Annual administration report of the Civil Veterinary Department of India - 1897-1898
Year: 1897
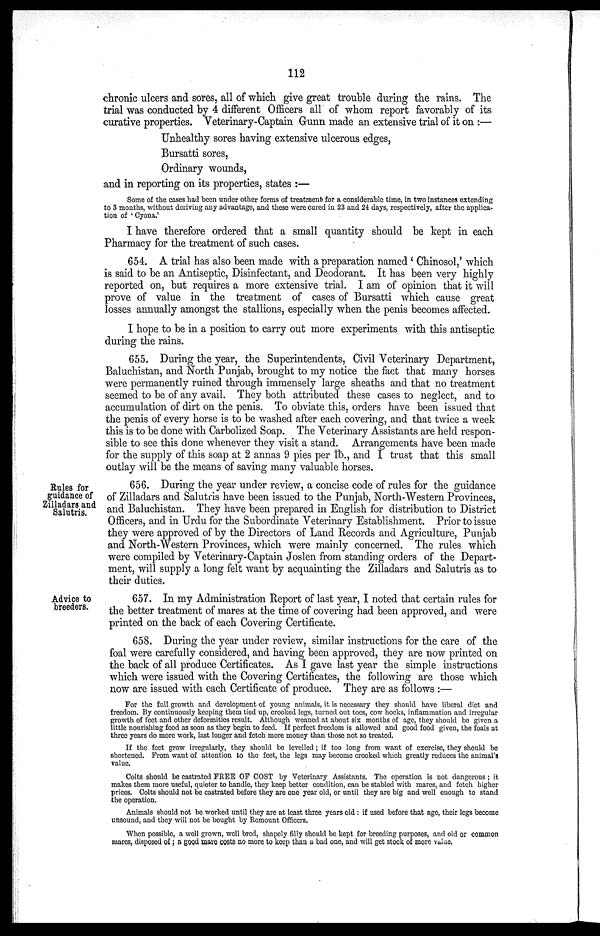
112
chronic ulcers and sores, all of which give great trouble during the rains. The
trial was conducted by 4 different Officers all of whom report favorably of its
curative properties. Veterinary-Captain Gunn made an extensive trial of it on :—
Unhealthy sores having extensive ulcerous edges,
Bursatti sores,
Ordinary wounds,
and in reporting on its properties, states :—
Some of the cases had been under other forms of treatment for a considerable time, in two instances extending
to 3 months, without deriving any advantage, and these were cured in 23 and 24 days, respectively, after the applica-
tion of 'Cyona.'
I have therefore ordered that a small quantity should be kept in each
Pharmacy for the treatment of such cases.
654. A trial has also been made with a preparation named 'Chinosol,' which
is said to be an Antiseptic, Disinfectant, and Deodorant. It has been very highly
reported on, but requires a more extensive trial. I am of opinion that it will
prove of value in the treatment of cases of Bursatti which cause great
losses annually amongst the stallions, especially when the penis becomes affected.
I hope to be in a position to carry out more experiments with this antiseptic
during the rains.
655. During the year, the Superintendents, Civil Veterinary Department,
Baluchistan, and North Punjab, brought to my notice the fact that many horses
were permanently ruined through immensely large sheaths and that no treatment
seemed to be of any avail. They both attributed these cases to neglect, and to
accumulation of dirt on the penis. To obviate this, orders have been issued that
the penis of every horse is to be washed after each covering, and that twice a week
this is to be done with Carbolized Soap. The Veterinary Assistants are held respon-
sible to see this done whenever they visit a stand. Arrangements have been made
for the supply of this soap at 2 annas 9 pies per lb., and I trust that this small
outlay will be the means of saving many valuable horses.
Rules for
guidance of
Zilladars and
Salutris.
656. During the year under review, a concise code of rules for the guidance
of Zilladars and Salutris have been issued to the Punjab, North-Western Provinces,
and Baluchistan. They have been prepared in English for distribution to District
Officers, and in Urdu for the Subordinate Veterinary Establishment. Prior to issue
they were approved of by the Directors of Land Records and Agriculture, Punjab
and North-Western Provinces, which were mainly concerned. The rules which
were compiled by Veterinary-Captain Joslen from standing orders of the Depart-
ment, will supply a long felt want by acquainting the Zilladars and Salutris as to
their duties.
Advice to
breeders.
657. In my Administration Report of last year, I noted that certain rules for
the better treatment of mares at the time of covering had been approved, and were
printed on the back of each Covering Certificate.
658. During the year under review, similar instructions for the care of the
foal were carefully considered, and having been approved, they are now printed on
the back of all produce Certificates. As I gave last year the simple instructions
which were issued with the Covering Certificates, the following are those which
now are issued with each Certificate of produce. They are as follows :—
For the full growth and development of young animals, it is necessary they should have liberal diet and
freedom. By continuously keeping them tied up, crooked legs, turned out toes, cow hocks, inflammation and irregular
growth of feet and other deformities result. Although weaned at about six months of age, they should be given a
little nourishing food as soon as they begin to feed. If perfect freedom is allowed and good food given, the foals at
three years do more work, last longer and fetch more money than those not so treated.
If the feet grow irregularly, they should be levelled; if too long from want of exercise, they should be
shortened. From want of attention to the feet, the legs may become crooked which greatly reduces the animal's
value.
Colts should be castrated FREE OF COST by Veterinary Assistants. The operation is not dangerous; it
makes them more useful, quieter to handle, they keep better condition, can be stabled with mares, and fetch higher
prices. Colts should not be castrated before they are one year old, or until they are big and well enough to stand
the operation.
Animals should not be worked until they are at least three years old : if used before that age, their legs become
unsound, and they will not be bought by Remount Officers.
When possible, a well grown, well bred, shapely filly should be kept for breeding purposes, and old or common
mares, disposed of; a good mare costs no more to keep than a bad one, and will get stock of more value.